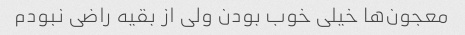
معجون‌ها خیلی خوب بودن ولی از بقیه راضی نبودم